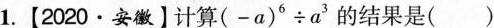
1.【2020·安徽】计算$$(-a)^{6} \div a^{3}$$的结果是（）